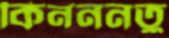
কিনননতু